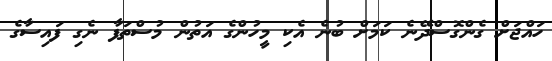
ހައްޖަށް ގެންގޮސްދޭނެ ކަމަށް ބުނެ އެކި މީހުންގެ އަތުން މުސްތަފާ ނެގި ފައިސާގެ